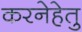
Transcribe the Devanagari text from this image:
करनेहेतु